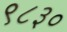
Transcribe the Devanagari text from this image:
९८३०